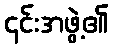
၎င်းအဖွဲ့၏